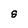
Character: S